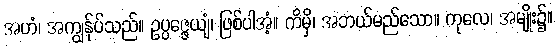
အဟံ၊ အကျွန်ုပ်သည်။ ဥပ္ပဇ္ဇေယျံ၊ ဖြစ်ပါအံ့။ ကိမှိ၊ အဘယ်မည်သော။ ကုလေ၊ အမျိုး၌။